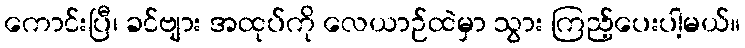
ကောင်းပြီ၊ ခင်ဗျား အထုပ်ကို လေယာဉ်ထဲမှာ သွား ကြည့်ပေးပါ့မယ်။